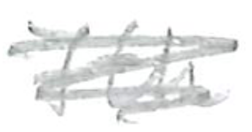
Text: 7th
Cross-out: mix
Writing tool: pencil